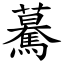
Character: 驀